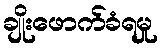
ချိုးဖောက်ခံရမှု